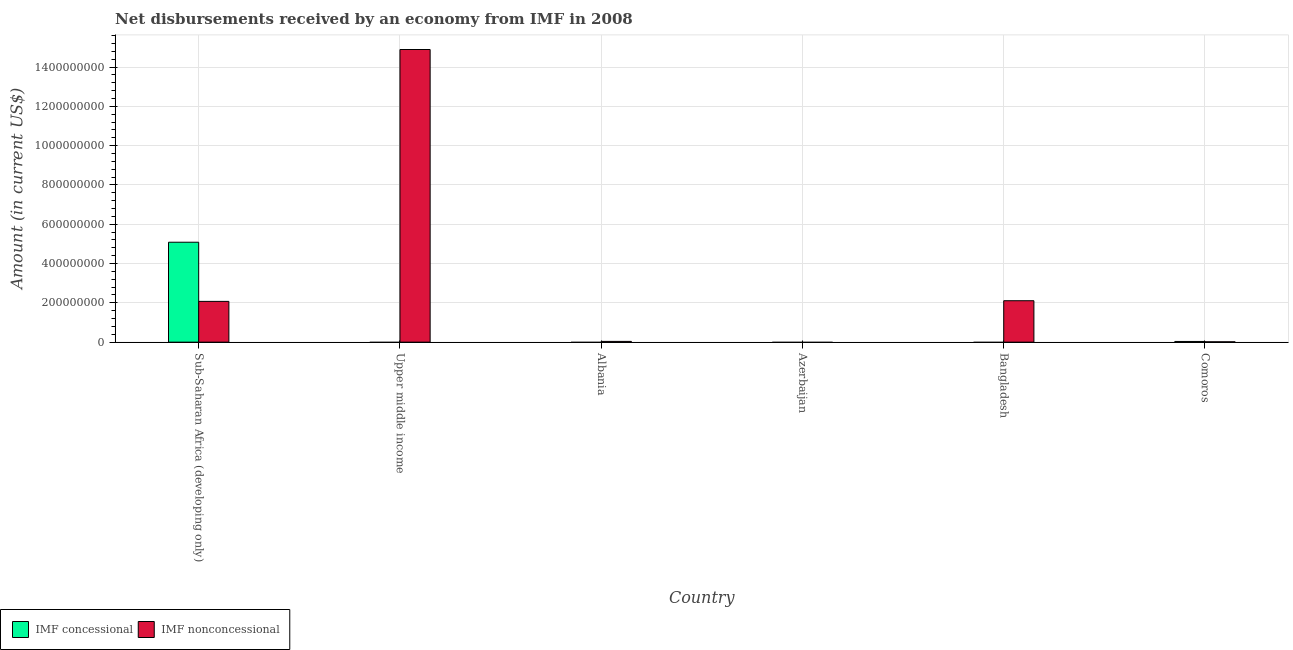
| Country | IMF concessional | IMF nonconcessional |
 | --- | --- | --- |
 | Sub-Saharan Africa (developing only) | 5.08e+08 | 2.07e+08 |
 | Upper middle income | -1.83e+07 | 1.49e+09 |
 | Albania | -1.14e+07 | 3.85e+06 |
 | Azerbaijan | -1.54e+07 | -6.25e+06 |
 | Bangladesh | -7.82e+06 | 2.11e+08 |
 | Comoros | 3.52e+06 | 1.76e+06 |